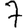
Digit: 7